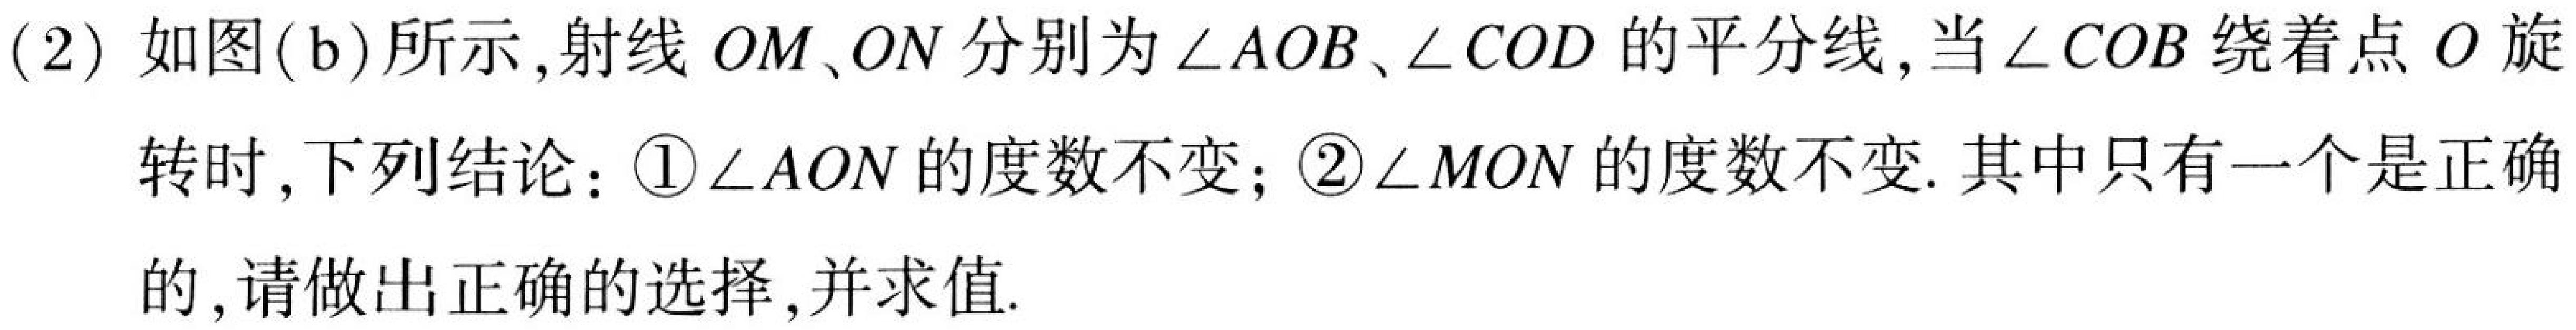
(2) 如图(b)所示,射线 \(OM、ON\)分别为\(\angle AOB、\angle COD\)的平分线,当\(\angle COB\)绕着点 \(O\)旋
转时,下列结论：\textcircled{1}\(\angle AON\)的度数不变；\textcircled{2}\(\angle MON\)的度数不变. 其中只有一个是正确
的,请做出正确的选择,并求值.